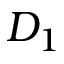
D _ { 1 }